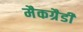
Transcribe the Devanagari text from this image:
मैकग्रैडी